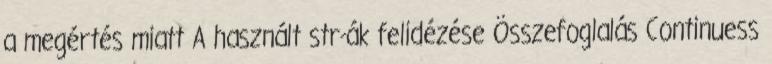
a megértés miatt A használt str-ák felidézése Összefoglalás Continuess